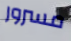
مسرور